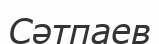
Сәтпаев